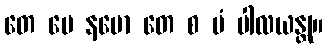
တေ မေ နမော တေ စ မံ ပါလယန္တု။